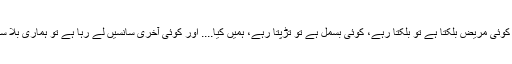
.... کوئی مریض بلکتا ہے تو بلکتا رہے، کوئی بسمل ہے تو تڑپتا رہے، ہمیں کیا.... اور کوئی آخری سانسیں لے رہا ہے تو ہماری بلا سے!